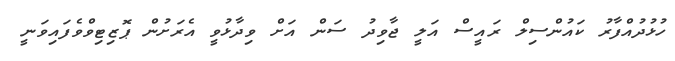
ހުޅުދުއްފާރު ކައުންސިލް ރައީސް އަލީ ޖާވިދު ސަން އަށް ވިދާޅުވީ އެރަށުން ޕޮޒިޓިވްވެފައިވަނީ